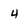
Character: 4